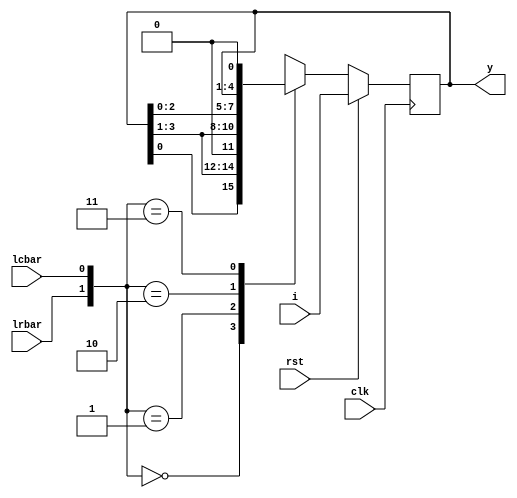
module usr_shift_reg_bl(
input clk,rst,lrbar,lcbar,
input [3:0]i,
output reg [3:0]y);
always @ (posedge clk)
begin
if(rst)
begin
y<=i;
end
else
begin
case({lrbar,lcbar})
2'b00:begin
y<={y[0],y[3:1]};
end
2'b01: begin
y<={1'b0,y[3:1]};
end
2'b10: begin
y<={y[2:0],y[3]};
end
2'b11: begin
y<={y[2:0],1'b0};
end
default: begin end
endcase
end
end
endmodule